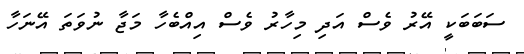
ސަބަބަކީ އޭރު ވެސް އަދި މިހާރު ވެސް އިއްބެހާ މަޖާ ނުވަތަ އޭނަހާ